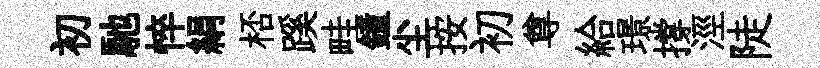
初馳悴絹桮蹊畦鐘尘按初尊給璟撐涇陡